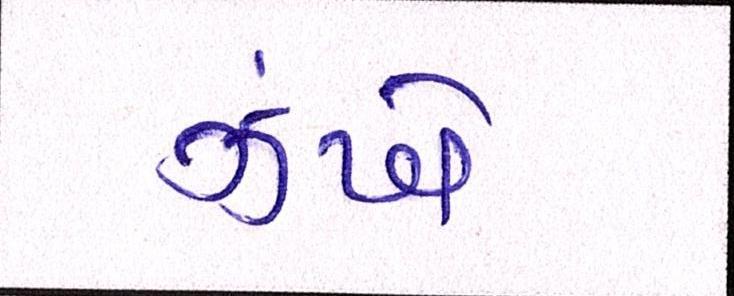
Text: ઝંખે